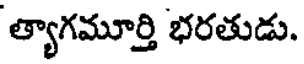
త్యాగమూర్తి భరతుడు.